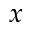
x